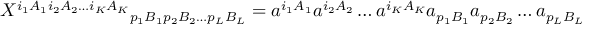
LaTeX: { X ^ { i _ { 1 } A _ { 1 } i _ { 2 } A _ { 2 } \ldots i _ { K } A _ { K } } } _ { p _ { 1 } B _ { 1 } p _ { 2 } B _ { 2 } \ldots p _ { L } B _ { L } } = a ^ { i _ { 1 } A _ { 1 } } a ^ { i _ { 2 } A _ { 2 } } \ldots a ^ { i _ { K } A _ { K } } a _ { p _ { 1 } B _ { 1 } } a _ { p _ { 2 } B _ { 2 } } \ldots a _ { p _ { L } B _ { L } }